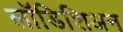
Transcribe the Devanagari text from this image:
लॉडिशिअन